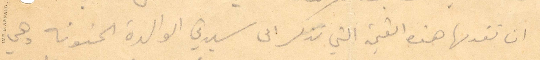
ان تقدمها هذه القيمة التي تذكر الي سيدتي الوالدة الحنونة وهي